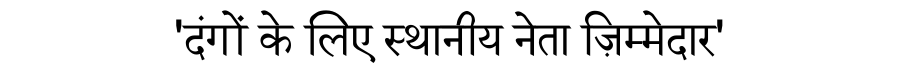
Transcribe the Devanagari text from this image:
'दंगों के लिए स्थानीय नेता ज़िम्मेदार'